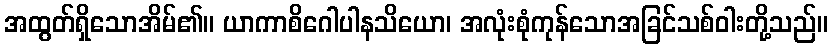
အထွတ်ရှိသောအိမ်၏။ ယာကာစိဂေါပါနသိယော၊ အလုံးစုံကုန်သောအခြင်သစ်ဝါးတို့သည်။